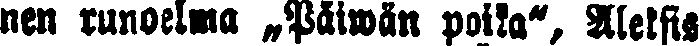
nen runoelma „Päiwän poika", Aleksis